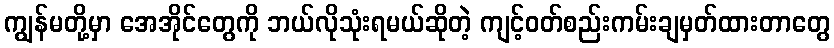
ကျွန်မတို့မှာ အေအိုင်တွေကို ဘယ်လိုသုံးရမယ်ဆိုတဲ့ ကျင့်ဝတ်စည်းကမ်းချမှတ်ထားတာတွေ